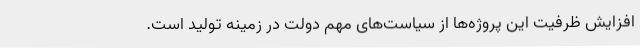
افزایش ظرفیت این پروژه‌ها از سیاست‌های مهم دولت در زمینه تولید است.